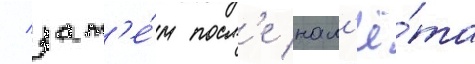
/ зат'е́м посл'е нал'ё́та